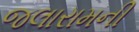
જલારામની